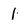
Character: 1